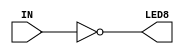
module inv(input IN, output LED8);

//-- Tanto la entrada como la salida son "cables"
wire IN;
wire LED8;

  //-- Asignar a la salida la entrada negada
  assign LED8 = ~IN;

endmodule